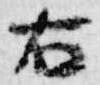
右